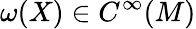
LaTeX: \omega(X)\in C^{\infty}(M)